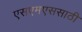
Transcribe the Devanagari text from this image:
एसएमएससाठी